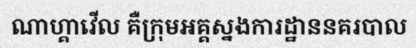
ណាហ្គាវើល គឺក្រុមអគ្គស្នងការដ្ឋាននគរបាល